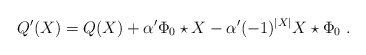
\begin{align*}Q'(X)=Q(X)+\alpha'\Phi_0\star X-\alpha'(-1)^{|X|}X\star \Phi_0 \ .\end{align*}